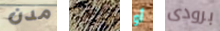
مدن مصمم أو برودى